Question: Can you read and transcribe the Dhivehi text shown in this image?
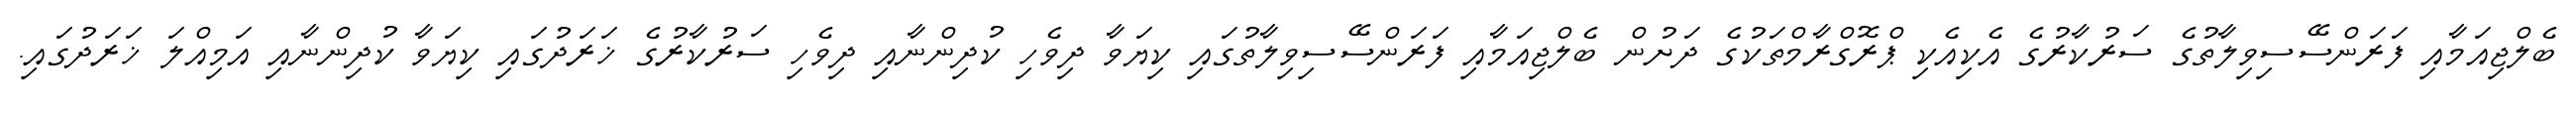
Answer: ބެލްޖިއަމާއި ފަރަންސޭސިވިލާތުގެ ސަރުކާރުގެ އެކިއެކި ޕްރޮގްރާމްތަކުގެ ދަށުން ބެލްޖިއަމާއި ފަރަންސޭސިވިލާތުގައި ކިޔަވާ ދިވެހި ކުދިންނާއި ދިވެހި ސަރުކާރުގެ ޚަރަދުގައި ކިޔަވާ ކުދިންނާއި އަމިއްލަ ޚަރަދުގައި.